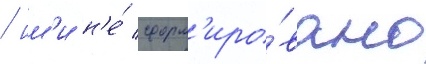
/ им'и н'е́ сформ'иро́вано